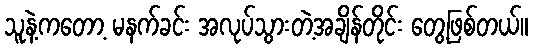
သူနဲ့ကတော့ မနက်ခင်း အလုပ်သွားတဲ့အချိန်တိုင်း တွေ့ဖြစ်တယ်။